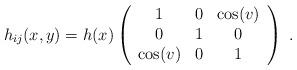
LaTeX: \begin{align*}h_{ij}(x,y)=h(x)\left( \begin{array}{ccc}1 & 0 & \cos(v)\\0 & 1 & 0\\\cos(v) & 0 & 1\end{array}\right)\,\,.\end{align*}